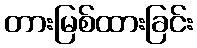
တားမြစ်ထားခြင်း